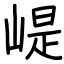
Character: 崼